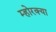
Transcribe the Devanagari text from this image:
म्होरक्‍या